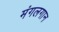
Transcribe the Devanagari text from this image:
मंगलगान